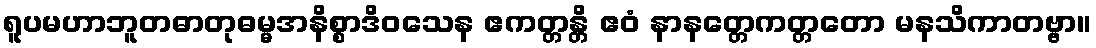
ရူပမဟာဘူတဓာတုဓမ္မအနိစ္စာဒိဝသေန ဧကတ္တန္တိ ဧဝံ နာနတ္တေကတ္တတော မနသိကာတဗ္ဗာ။